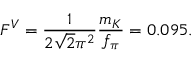
F ^ { V } = { \frac { 1 } { 2 \sqrt { 2 } \pi ^ { 2 } } } { \frac { m _ { K } } { f _ { \pi } } } = 0 . 0 9 5 .